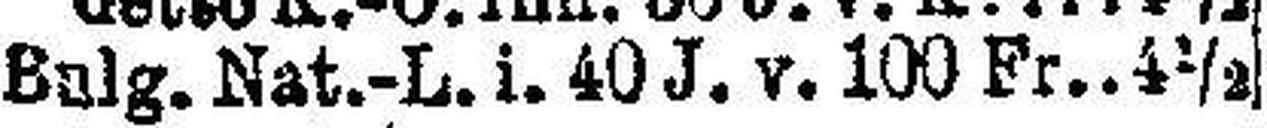
Bulg. Nat.-L. i. 40J. v. 100 Fr. 4½